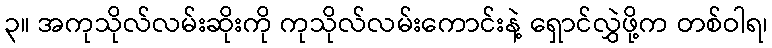
၃။ အကုသိုလ်လမ်းဆိုးကို ကုသိုလ်လမ်းကောင်းနဲ့ ရှောင်လွှဲဖို့က တစ်ဝါရ၊